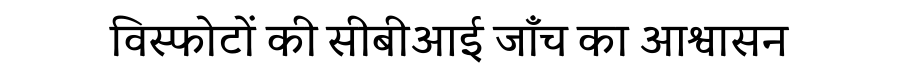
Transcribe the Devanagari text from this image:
विस्फोटों की सीबीआई जाँच का आश्वासन